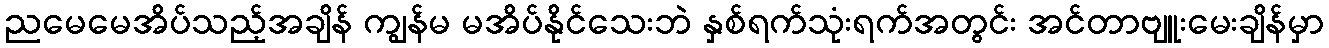
ညမေမေအိပ်သည့်အချိန် ကျွန်မ မအိပ်နိုင်သေးဘဲ နှစ်ရက်သုံးရက်အတွင်း အင်တာဗျူးမေးချိန်မှာ